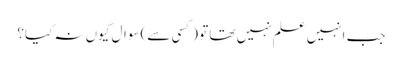
جب انہیں علم نہیں تھا تو (کسی سے) سوال کیوں نہ کیا؟